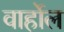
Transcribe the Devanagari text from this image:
वार्होल